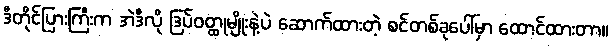
ဒီတိုင်ပြားကြီးက အဲဒီလို ဒြပ်ဝတ္ထုမျိုးနဲ့ပဲ ဆောက်ထားတဲ့ စင်တစ်ခုပေါ်မှာ ထောင်ထားတာ။